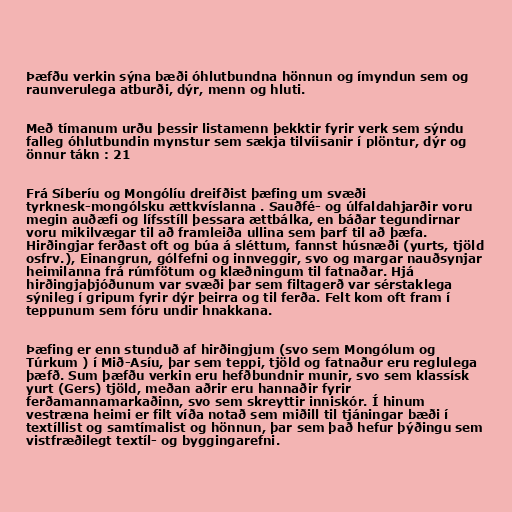
Þæfðu verkin sýna bæði óhlutbundna hönnun og ímyndun sem og
raunverulega atburði, dýr, menn og hluti.

Með tímanum urðu þessir listamenn þekktir fyrir verk sem sýndu
falleg óhlutbundin mynstur sem sækja tilvíisanir í plöntur, dýr og
önnur tákn : 21

Frá Síberíu og Mongólíu dreifðist þæfing um svæði
tyrknesk-mongólsku ættkvíslanna . Sauðfé- og úlfaldahjarðir voru
megin auðæfi og lífsstíll þessara ættbálka, en báðar tegundirnar
voru mikilvægar til að framleiða ullina sem þarf til að þæfa.
Hirðingjar ferðast oft og búa á sléttum, fannst húsnæði (yurts, tjöld
osfrv.), Einangrun, gólfefni og innveggir, svo og margar nauðsynjar
heimilanna frá rúmfötum og klæðningum til fatnaðar. Hjá
hirðingjaþjóðunum var svæði þar sem filtagerð var sérstaklega
sýnileg í gripum fyrir dýr þeirra og til ferða. Felt kom oft fram í
teppunum sem fóru undir hnakkana.

Þæfing er enn stunduð af hirðingjum (svo sem Mongólum og
Túrkum ) í Mið-Asíu, þar sem teppi, tjöld og fatnaður eru reglulega
þæfð. Sum þæfðu verkin eru hefðbundnir munir, svo sem klassísk
yurt (Gers) tjöld, meðan aðrir eru hannaðir fyrir
ferðamannamarkaðinn, svo sem skreyttir inniskór. Í hinum
vestræna heimi er filt víða notað sem miðill til tjáningar bæði í
textíllist og samtímalist og hönnun, þar sem það hefur þýðingu sem
vistfræðilegt textíl- og byggingarefni.